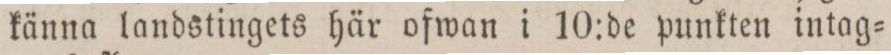
känna landstingets här ofwan i 10:de punkten intag=